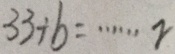
3 3 \div b \cdots r